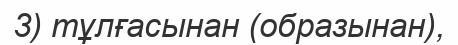
3) тұлғасынан (образынан),